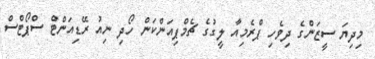
މިދިޔަ ސީޒަންގެ ދިވެހި ޕްރެމިއާ ލީގުގެ ޗެމްޕިއަންކަން ހޯދި ނިއު ރޭޑިއަންޓް ސްޕޯޓްސް